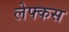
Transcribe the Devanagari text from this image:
लेफ्कस